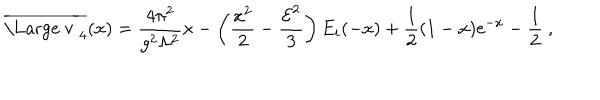
LaTeX: \overline { { { \mathrm { \Large ~ v ~ } } } } _ { 4 } ( x ) = { \frac { 4 \pi ^ { 2 } } { g ^ { 2 } \Lambda ^ { 2 } } } x - \left( { \frac { x ^ { 2 } } { 2 } } - { \frac { { \cal E } ^ { 2 } } { 3 } } \right) E _ { i } ( - x ) + { \frac { 1 } { 2 } } ( 1 - x ) { \mathrm e } ^ { - x } - { \frac { 1 } { 2 } } \ ,